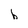
Character: b